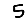
Digit: 5